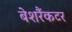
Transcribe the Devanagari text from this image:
बेशरैंकटर